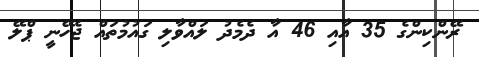
ރޭންކިންގެ 35 އާއި 46 އާ ދެމެދު ލައްވާލި ގައުމުތައް ޖެހޭނީ ޕްލޭ